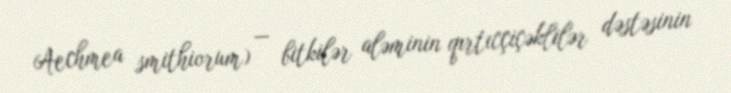
Aechmea smithiorum) — bitkilər aləminin qırtıcçiçəklilər dəstəsinin